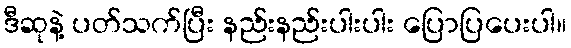
ဒီဆုနဲ့ ပတ်သက်ပြီး နည်းနည်းပါးပါး ပြောပြပေးပါ။